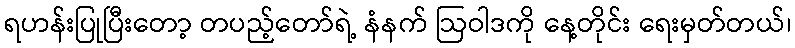
ရဟန်းပြုပြီးတော့ တပည့်တော်ရဲ့ နံနက် ဩဝါဒကို နေ့တိုင်း ရေးမှတ်တယ်၊